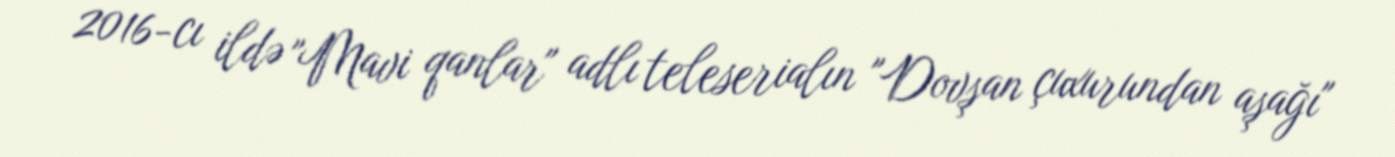
2016-cı ildə "Mavi qanlar" adlı teleserialın "Dovşan çuxurundan aşağı"